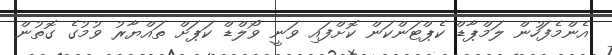
އެންމެފަހުން ލަމްޕާޑް ކެޕްޓަންކަން ކޮށްފައި ވަނީ ވޯލްޑް ކަޕަށް ތައްޔާރު ވުމުގެ ގޮތުން